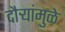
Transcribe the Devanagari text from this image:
दौर्‍यांमुळे